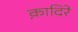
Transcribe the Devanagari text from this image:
क़ादिरे